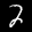
Label: 2